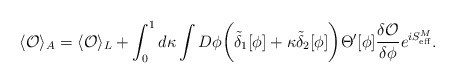
\begin{align*}\langle {\cal O}\rangle_A=\langle{\cal O}\rangle_L+\int_0^1 d\kappa\int D\phi \biggl(\tilde\delta_1[\phi]+\kappa\tilde\delta_2[\phi]\biggr)\Theta^\prime[\phi]{\delta{\cal O}\over{\delta\phi}} e^{iS^M_{\rm eff}}.\end{align*}